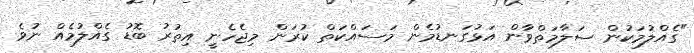
"ގެއްލުމަކުން ސަލާމަތްވާން އަޅުގަނޑުމެން މަސައްކަތް ކުރަން މިޖެހެނީ އިތުރު ބޮޑު ގެއްލުމެއް ނުވެ